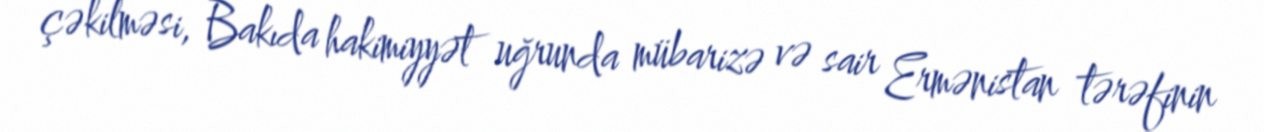
çəkilməsi, Bakıda hakimiyyət uğrunda mübarizə və sair Ermənistan tərəfinin